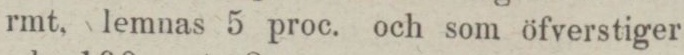
rmt. lemnas 5 proc. och som öfverstiger